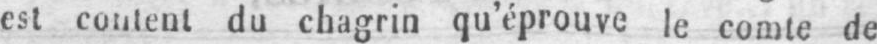
est content du chagrin qu’éprouve le comte de